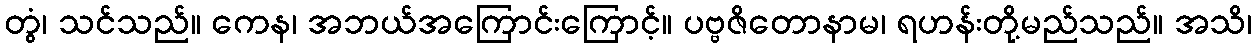
တွံ၊ သင်သည်။ ကေန၊ အဘယ်အကြောင်းကြောင့်။ ပဗ္ဗဇိတောနာမ၊ ရဟန်းတို့မည်သည်။ အသိ၊